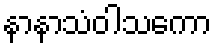
နာနာသံဝါသကော